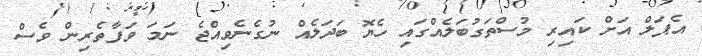
އެޕަލް އަށް ކައިރި މުސްތަގުބަލެއްގައި ހެޔޮ ބަދަލެއް ނުގެނެވިއްޖެ ނަމަ ވަފާތެރިން ވެސް